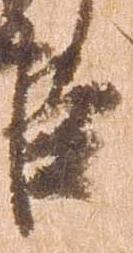
臣